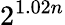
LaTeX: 2^{1.02n}